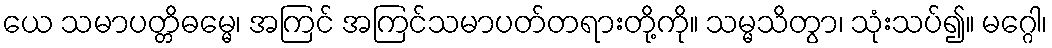
ယေ သမာပတ္တိဓမ္မေ၊ အကြင် အကြင်သမာပတ်တရားတို့ကို။ သမ္မသိတွာ၊ သုံးသပ်၍။ မဂ္ဂေါ၊